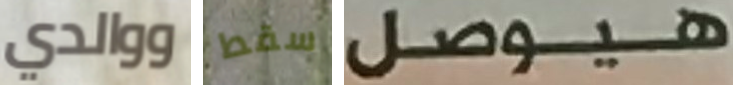
ووالدي سقط هيوصل